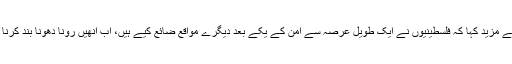
انھوں نے مزید کہا کہ فلسطینیوں نے ایک طویل عرصہ سے امن کے یکے بعد دیگرے مواقع ضائع کیے ہیں، اب انھیں رونا دھونا بند کرنا چاہئے۔